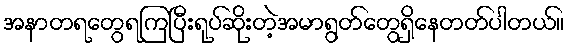
အနာတရတွေရကြပြီးရုပ်ဆိုးတဲ့အမာရွတ်တွေရှိနေတတ်ပါတယ်။